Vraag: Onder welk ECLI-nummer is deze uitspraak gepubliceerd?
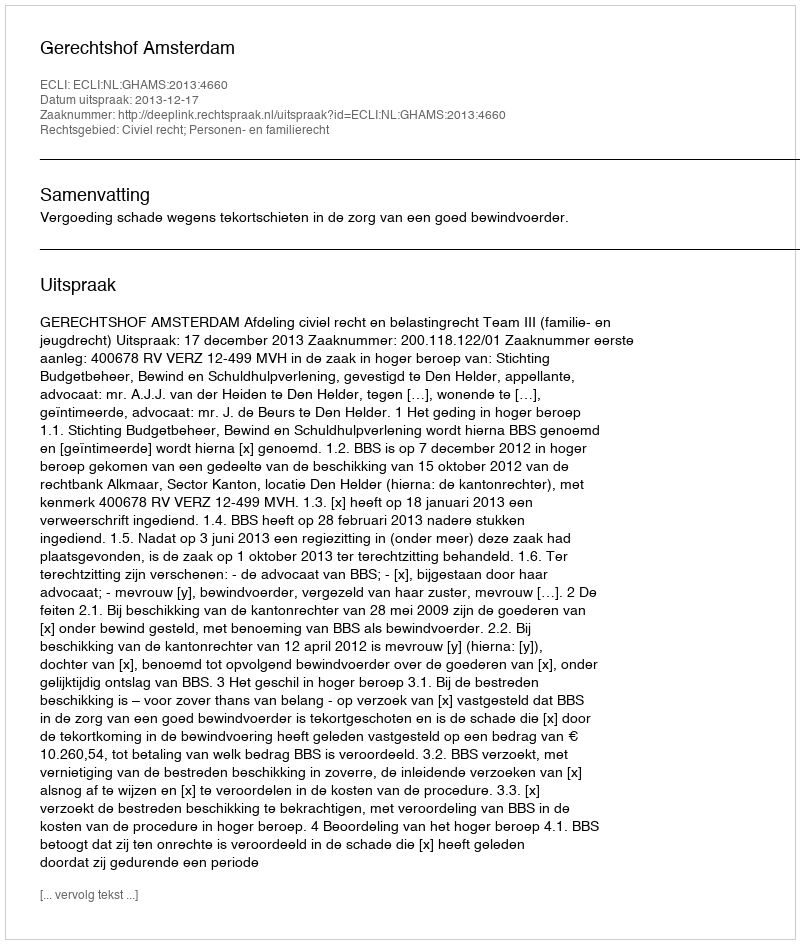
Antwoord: ECLI:NL:GHAMS:2013:4660